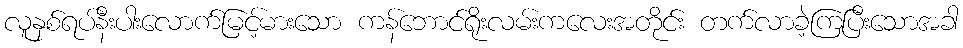
လူနှစ်ရပ်နီးပါးလောက်မြင့်မားသော ကန်ဘောင်ရိုးလမ်းကလေးအတိုင်း တက်လာခဲ့ကြပြီးသောအခါ